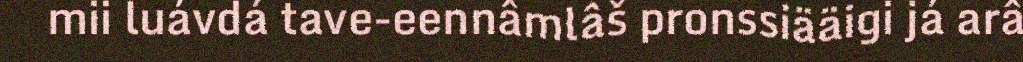
mii luávdá tave-eennâmlâš pronssiääigi já arâ